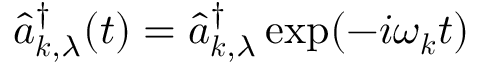
\hat { a } _ { \boldsymbol { k } , \lambda } ^ { \dagger } ( t ) = \hat { a } _ { \boldsymbol { k } , \lambda } ^ { \dagger } \exp ( - i \omega _ { \boldsymbol { k } } t )